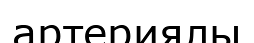
артериялы